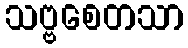
သဗ္ဗစေတသာ